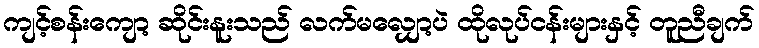
ကျင့်စန်းကျော့ ဆိုင်းနူးသည် လက်မလျှော့ပဲ ထိုလုပ်ငန်းများနှင့် တူညီချက်